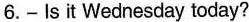
6.-Is it Wednesday today?